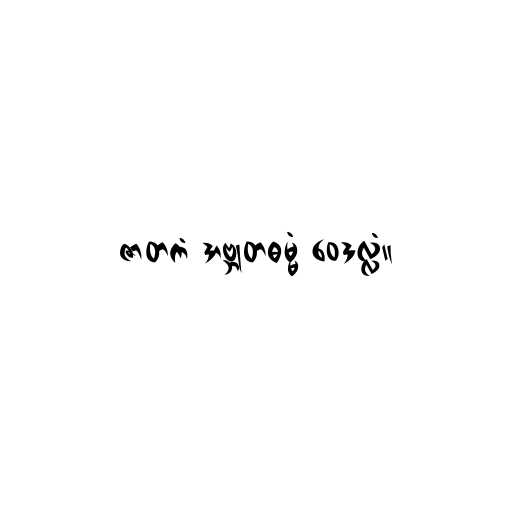
ဇာတကံ အဗ္ဘုတဓမ္မံ ဝေဒလ္လံ။